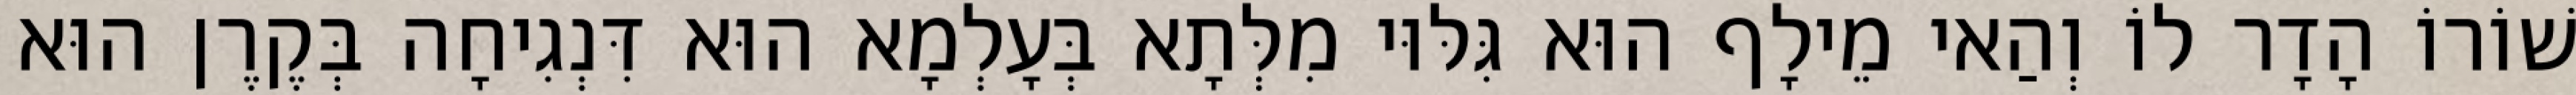
שׁוֹרוֹ הָדָר לוֹ וְהַאי מֵילָף הוּא גִּלּוּי מִלְּתָא בְּעָלְמָא הוּא דִּנְגִיחָה בְּקֶרֶן הוּא